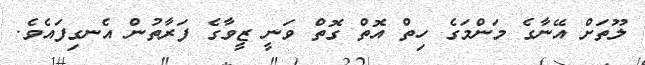
ލޫތަށް އޭނާގެ މަންމަގެ ހިތް އޮތް ގޮތް ވަނީ ޒީވާގެ ފަރާތުން އެނގިފައެވެ.